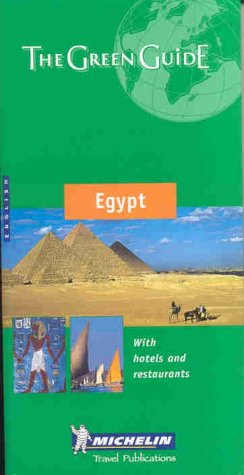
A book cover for Michelin THE GREEN GUIDE Egypt; Travel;